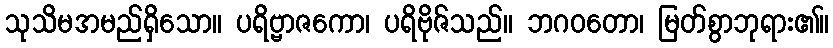
သုသိမအမည်ရှိသော။ ပရိဗ္ဗာဇကော၊ ပရိဗိုဇ်သည်။ ဘဂဝတော၊ မြတ်စွာဘုရား၏။